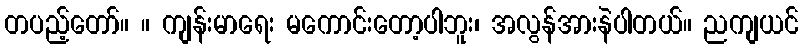
တပည့်တော်။ ။ ကျန်းမာရေး မကောင်းတော့ပါဘူး၊ အလွန်အားနဲပါတယ်။ ညကျယင်